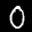
Label: 0